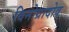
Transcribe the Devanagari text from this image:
विनोग्रादोव